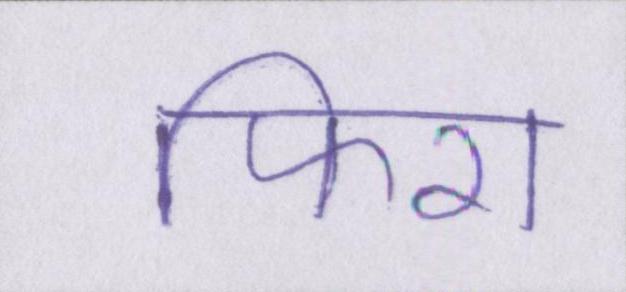
फिरा